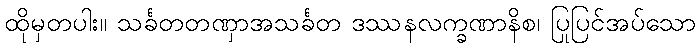
ထိုမှတပါး။ သင်္ခတတဏှာအသင်္ခတ ဒဿနလက္ခဏာနိစ၊ ပြုပြင်အပ်သော